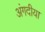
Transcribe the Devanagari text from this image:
अंगदीया